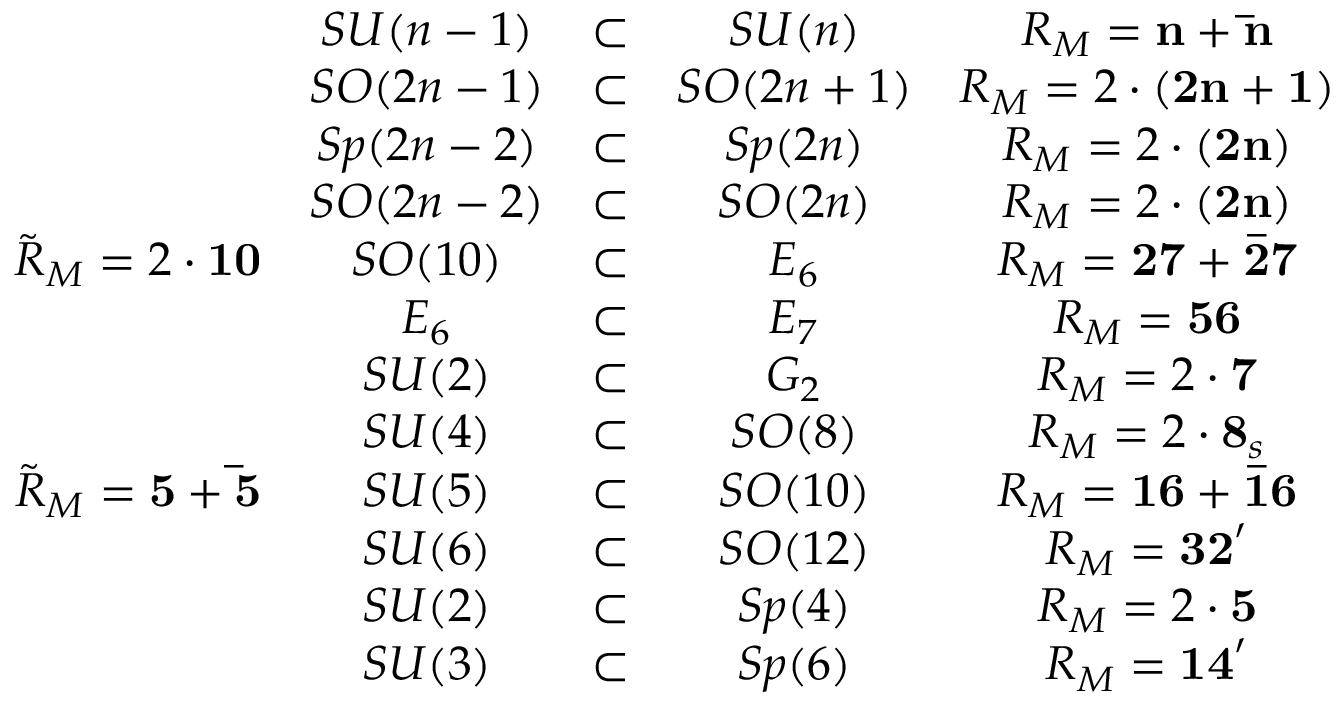
\begin{array} { c c c c c } { { } } & { { S U ( n - 1 ) } } & { { \subset } } & { { S U ( n ) } } & { { R _ { M } = { \bf n } + { \bf \bar { n } } } } \\ { { } } & { { S O ( 2 n - 1 ) } } & { { \subset } } & { { S O ( 2 n + 1 ) } } & { { R _ { M } = 2 \cdot { \bf ( 2 n + 1 ) } } } \\ { { } } & { { S p ( 2 n - 2 ) } } & { { \subset } } & { { S p ( 2 n ) } } & { { R _ { M } = 2 \cdot { \bf ( 2 n ) } } } \\ { { } } & { { S O ( 2 n - 2 ) } } & { { \subset } } & { { S O ( 2 n ) } } & { { R _ { M } = 2 \cdot { \bf ( 2 n ) } } } \\ { { \tilde { R } _ { M } = 2 \cdot { \bf 1 0 } } } & { { S O ( 1 0 ) } } & { { \subset } } & { { E _ { 6 } } } & { { R _ { M } = { \bf 2 7 } + { \bf \bar { 2 7 } } } } \\ { { } } & { { E _ { 6 } } } & { { \subset } } & { { E _ { 7 } } } & { { R _ { M } = { \bf 5 6 } } } \\ { { } } & { { S U ( 2 ) } } & { { \subset } } & { { G _ { 2 } } } & { { R _ { M } = 2 \cdot { \bf 7 } } } \\ { { } } & { { S U ( 4 ) } } & { { \subset } } & { { S O ( 8 ) } } & { { R _ { M } = 2 \cdot { \bf 8 } _ { s } } } \\ { { \tilde { R } _ { M } = { \bf 5 } + { \bf \bar { 5 } } } } & { { S U ( 5 ) } } & { { \subset } } & { { S O ( 1 0 ) } } & { { R _ { M } = { \bf 1 6 } + { \bf \bar { 1 6 } } } } \\ { { } } & { { S U ( 6 ) } } & { { \subset } } & { { S O ( 1 2 ) } } & { { R _ { M } = { \bf 3 2 } ^ { \prime } } } \\ { { } } & { { S U ( 2 ) } } & { { \subset } } & { { S p ( 4 ) } } & { { R _ { M } = 2 \cdot { \bf 5 } } } \\ { { } } & { { S U ( 3 ) } } & { { \subset } } & { { S p ( 6 ) } } & { { R _ { M } = { \bf 1 4 } ^ { \prime } } } \end{array}